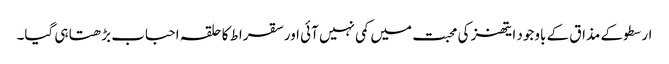
ارسطو کے مذاق کے باوجود ایتھنز کی محبت میں کمی نہیں آئی اور سقراط کا حلقہ احباب بڑھتا ہی گیا۔